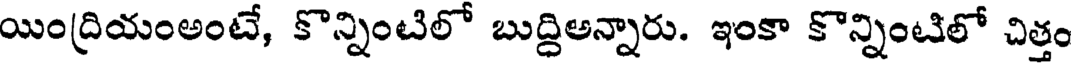
యింద్రియంఅంటే, కొన్నింటిలో బుద్దిఅన్నారు. ఇంకా కొన్నింటిలో చిత్తం